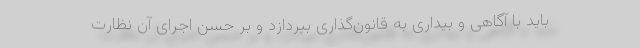
باید با آگاهی و بیداری به قانون‌گذاری بپردازد و بر حسن اجرای آن نظارت